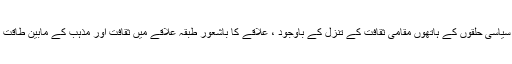
بد قسمتی سے مذہبی بنیادپرستوں، سماج اور سیاسی حلقوں کے ہاتھوں مقامی ثقافت کے تنزل کے باوجود ، علاقے کا باشعور طبقہ علاقے میں ثقافت اور مذہب کے مابین طاقت کے عدم توازن کی وجوہات تلاش نہ کرسکا۔